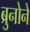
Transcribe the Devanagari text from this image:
ब्रुनोने